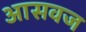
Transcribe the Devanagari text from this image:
आसवज